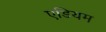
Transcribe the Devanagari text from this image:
एडियम